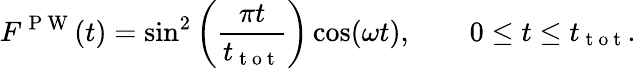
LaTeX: F^{\mathrm{~P~W~}}(t)=\sin^{2}\left(\frac{\pi t}{t_{\mathrm{~t~o~t~}}}\right)\cos(\omega t),\qquad 0\leq t\leq t_{\mathrm{~t~o~t~}}.